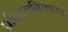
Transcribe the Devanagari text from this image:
प्रतिधवनिकारक